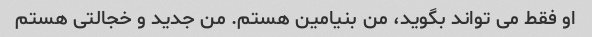
او فقط می تواند بگوید، من بنیامین هستم. من جدید و خجالتی هستم